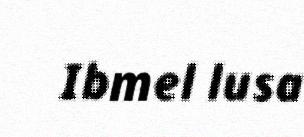
Ibmel lusa